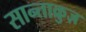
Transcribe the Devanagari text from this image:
सान्ताक्रुज़